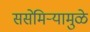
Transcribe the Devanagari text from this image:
ससेमिऱ्यामुळे